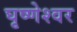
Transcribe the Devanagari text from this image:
घृष्‍णेश्‍वर